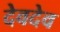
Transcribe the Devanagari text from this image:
देवदेव